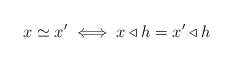
\begin{align*} x\simeq x'\iff x\triangleleft h=x'\triangleleft h\end{align*}